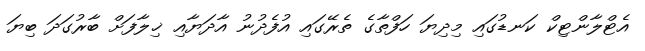
އެޓްލާންޓިކް ކަނޑުގައި މިދިޔަ ހަފްތާގެ ތެރޭގައި އުފެދުނު އާދަޔާއި ޚިލާފަށް ބާރުގަދަ ބިޔަ